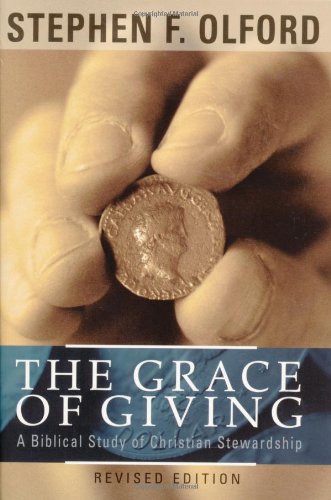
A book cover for The Grace of Giving: A Biblical Study of Christian Stewardship; Stephen F. Olford; Christian Books & Bibles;